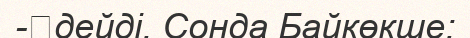
-	дейді. Сонда Байкөкше: